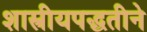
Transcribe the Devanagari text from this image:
शास्त्रीयपद्धतीने